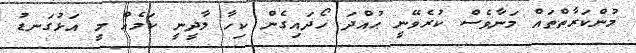
މުންކަރާތްތައް މަނާވެސް ކުރެވޭނީ ޙުއްދަ ހޯދައިގެން ކިހާ ލާދީނީ ކަމެއް މީ އަޅުގަނޑު